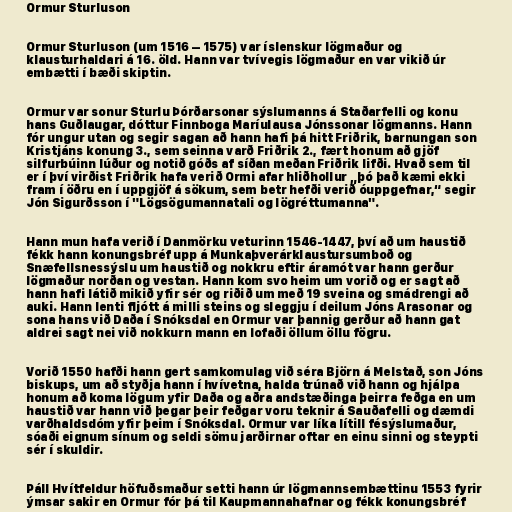
Ormur Sturluson

Ormur Sturluson (um 1516 – 1575) var íslenskur lögmaður og
klausturhaldari á 16. öld. Hann var tvívegis lögmaður en var vikið úr
embætti í bæði skiptin.

Ormur var sonur Sturlu Þórðarsonar sýslumanns á Staðarfelli og konu
hans Guðlaugar, dóttur Finnboga Maríulausa Jónssonar lögmanns. Hann
fór ungur utan og segir sagan að hann hafi þá hitt Friðrik, barnungan son
Kristjáns konung 3., sem seinna varð Friðrik 2., fært honum að gjöf
silfurbúinn lúður og notið góðs af síðan meðan Friðrik lifði. Hvað sem til
er í því virðist Friðrik hafa verið Ormi afar hliðhollur „þó það kæmi ekki
fram í öðru en í uppgjöf á sökum, sem betr hefði verið óuppgefnar,“ segir
Jón Sigurðsson í "Lögsögumannatali og lögréttumanna".

Hann mun hafa verið í Danmörku veturinn 1546-1447, því að um haustið
fékk hann konungsbréf upp á Munkaþverárklaustursumboð og
Snæfellsnessýslu um haustið og nokkru eftir áramót var hann gerður
lögmaður norðan og vestan. Hann kom svo heim um vorið og er sagt að
hann hafi látið mikið yfir sér og riðið um með 19 sveina og smádrengi að
auki. Hann lenti fljótt á milli steins og sleggju í deilum Jóns Arasonar og
sona hans við Daða í Snóksdal en Ormur var þannig gerður að hann gat
aldrei sagt nei við nokkurn mann en lofaði öllum öllu fögru.

Vorið 1550 hafði hann gert samkomulag við séra Björn á Melstað, son Jóns
biskups, um að styðja hann í hvívetna, halda trúnað við hann og hjálpa
honum að koma lögum yfir Daða og aðra andstæðinga þeirra feðga en um
haustið var hann við þegar þeir feðgar voru teknir á Sauðafelli og dæmdi
varðhaldsdóm yfir þeim í Snóksdal. Ormur var líka lítill fésýslumaður,
sóaði eignum sínum og seldi sömu jarðirnar oftar en einu sinni og steypti
sér í skuldir.

Páll Hvítfeldur höfuðsmaður setti hann úr lögmannsembættinu 1553 fyrir
ýmsar sakir en Ormur fór þá til Kaupmannahafnar og fékk konungsbréf